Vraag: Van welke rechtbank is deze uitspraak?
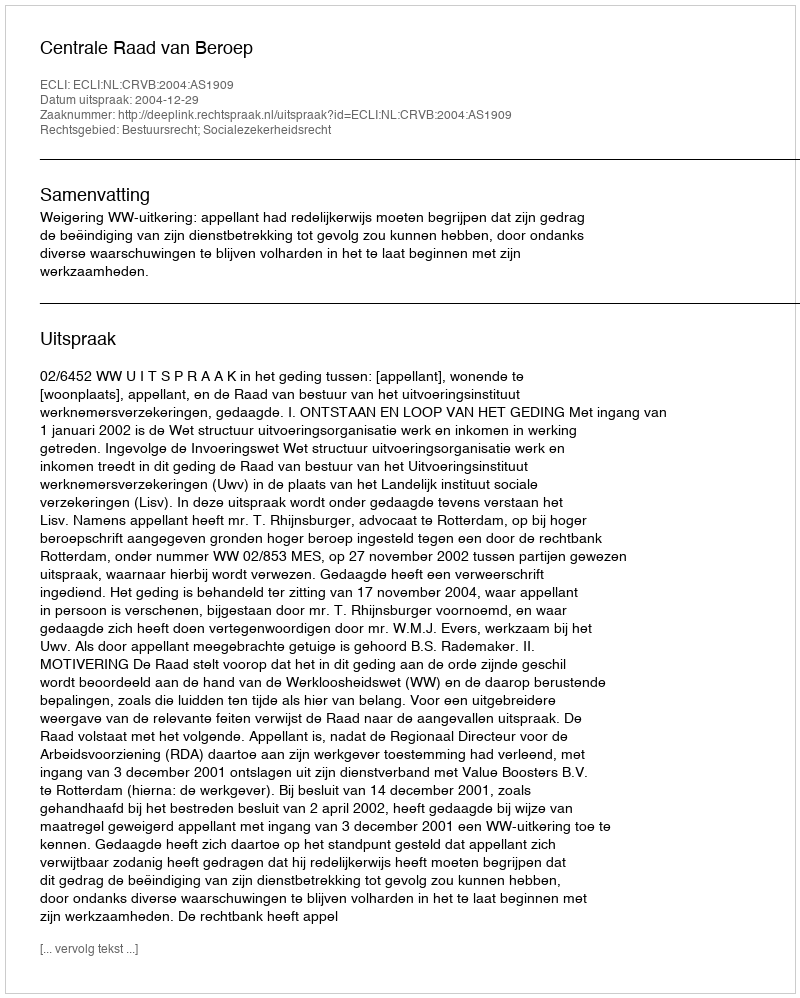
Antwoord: Centrale Raad van Beroep